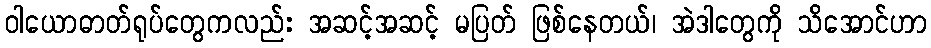
ဝါယောဓာတ်ရုပ်တွေကလည်း အဆင့်အဆင့် မပြတ် ဖြစ်နေတယ်၊ အဲဒါတွေကို သိအောင်ဟာ